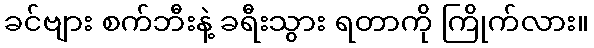
ခင်ဗျား စက်ဘီးနဲ့ ခရီးသွား ရတာကို ကြိုက်လား။